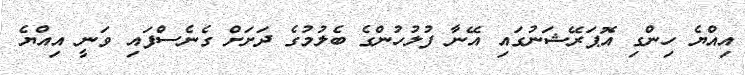
އިއްޔެ ހިންގި އޮޕަރޭޝަނުގައި އޭނާ ފުލުހުންގެ ބެލުމުގެ ދަށަށް ގެނެސްފައި ވަނީ އިއްޔެ